65_HS1-834228961_62-HQ-83894_SUB_A
Agency: FBI
Page 62
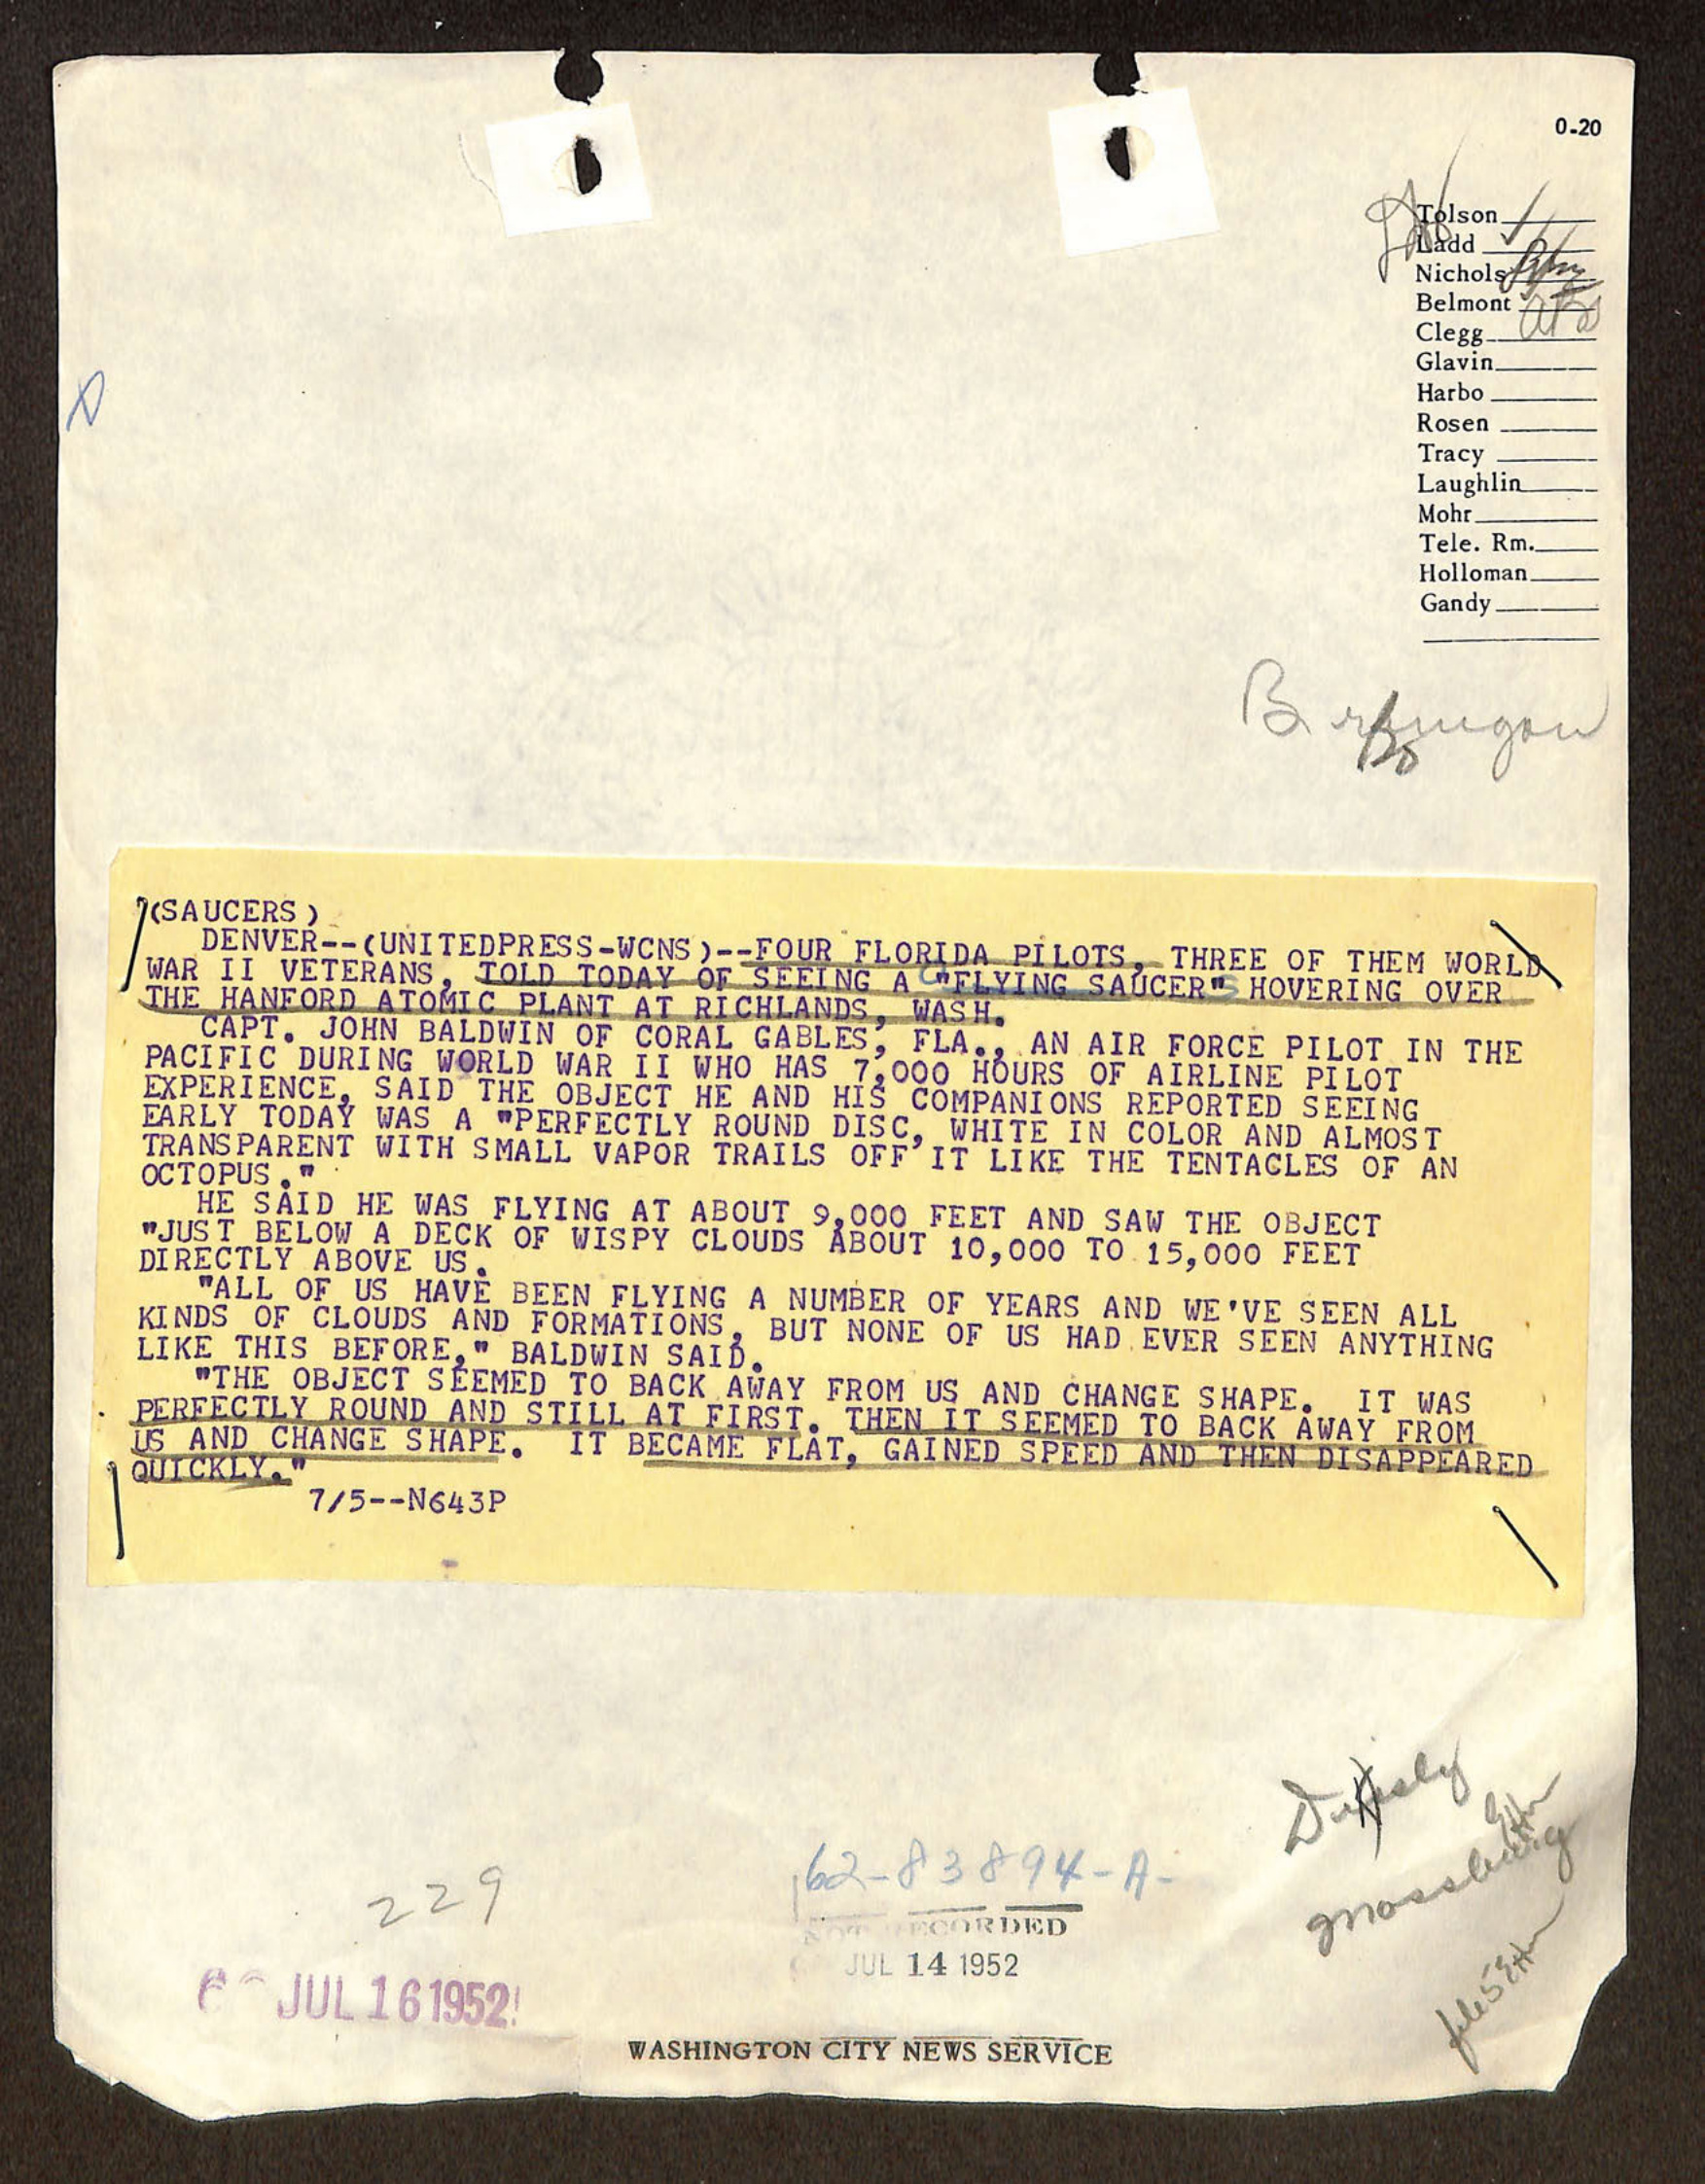